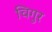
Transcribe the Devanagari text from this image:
चिगुर